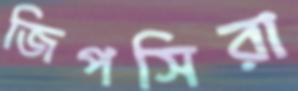
জিপসিরা